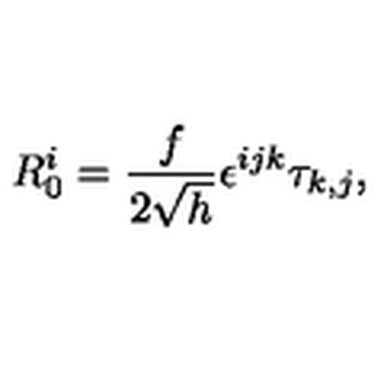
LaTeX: R _ { 0 } ^ { i } = \frac { f } { 2 \sqrt { h } } \epsilon ^ { i j k } \tau _ { k , j } ,